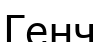
Генч